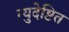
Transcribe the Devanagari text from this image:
न्युदेष्टित